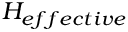
H _ { e f f e c t i v e }